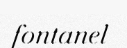
fontanel